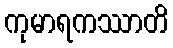
ကုမာရကဿာတိ